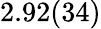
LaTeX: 2.92(34)